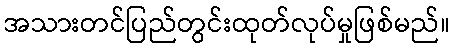
အသားတင်ပြည်တွင်းထုတ်လုပ်မှုဖြစ်မည်။